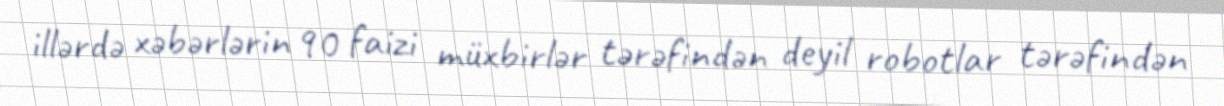
illərdə xəbərlərin 90 faizi müxbirlər tərəfindən deyil robotlar tərəfindən